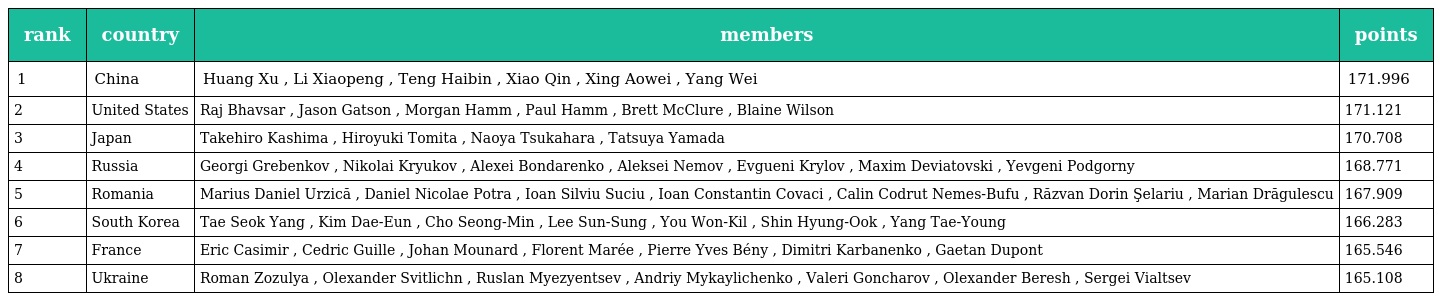
| rank | country | members | points |
 | --- | --- | --- | --- |
 | 1 | China | Huang Xu , Li Xiaopeng , Teng Haibin , Xiao Qin , Xing Aowei , Yang Wei | 171.996 |
 | 2 | United States | Raj Bhavsar , Jason Gatson , Morgan Hamm , Paul Hamm , Brett McClure , Blaine Wilson | 171.121 |
 | 3 | Japan | Takehiro Kashima , Hiroyuki Tomita , Naoya Tsukahara , Tatsuya Yamada | 170.708 |
 | 4 | Russia | Georgi Grebenkov , Nikolai Kryukov , Alexei Bondarenko , Aleksei Nemov , Evgueni Krylov , Maxim Deviatovski , Yevgeni Podgorny | 168.771 |
 | 5 | Romania | Marius Daniel Urzică , Daniel Nicolae Potra , Ioan Silviu Suciu , Ioan Constantin Covaci , Calin Codrut Nemes-Bufu , Răzvan Dorin Şelariu , Marian Drăgulescu | 167.909 |
 | 6 | South Korea | Tae Seok Yang , Kim Dae-Eun , Cho Seong-Min , Lee Sun-Sung , You Won-Kil , Shin Hyung-Ook , Yang Tae-Young | 166.283 |
 | 7 | France | Eric Casimir , Cedric Guille , Johan Mounard , Florent Marée , Pierre Yves Bény , Dimitri Karbanenko , Gaetan Dupont | 165.546 |
 | 8 | Ukraine | Roman Zozulya , Olexander Svitlichn , Ruslan Myezyentsev , Andriy Mykaylichenko , Valeri Goncharov , Olexander Beresh , Sergei Vialtsev | 165.108 |